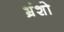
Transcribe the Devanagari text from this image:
भ्रंशो